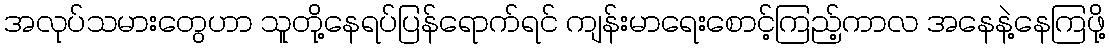
အလုပ်သမားတွေဟာ သူတို့နေရပ်ပြန်ရောက်ရင် ကျန်းမာရေးစောင့်ကြည့်ကာလ အနေနဲ့နေကြဖို့